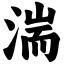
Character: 湍